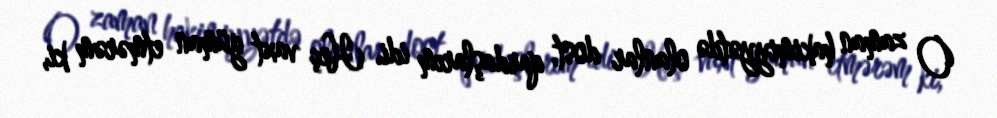
O zaman hakimiyyətdə olanlar dost, qardaşlarım idi. Heç vaxt güman etmərəm ki,